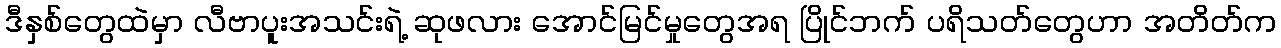
ဒီနှစ်တွေထဲမှာ လီဗာပူးအသင်းရဲ့ ဆုဖလား အောင်မြင်မှုတွေအရ ပြိုင်ဘက် ပရိသတ်တွေဟာ အတိတ်က